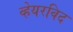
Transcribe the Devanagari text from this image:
व्हेयरविद